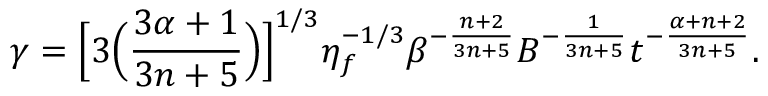
\gamma = \Big [ 3 \Big ( \frac { 3 \alpha + 1 } { 3 n + 5 } \Big ) \Big ] ^ { 1 / 3 } \eta _ { f } ^ { - 1 / 3 } \beta ^ { - \frac { n + 2 } { 3 n + 5 } } B ^ { - \frac { 1 } { 3 n + 5 } } t ^ { - \frac { \alpha + n + 2 } { 3 n + 5 } } .